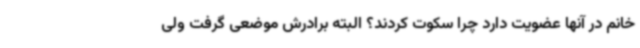
خانم در آنها عضویت دارد چرا سکوت کردند؟ البته برادرش موضعی گرفت ولی